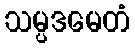
သမ္ပဒမေတံ